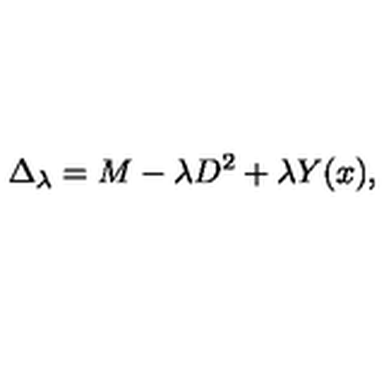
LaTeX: \Delta _ { \lambda } = M - \lambda D ^ { 2 } + \lambda Y ( x ) ,